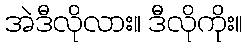
အဲဒီလိုလား။ ဒီလိုကိုး။